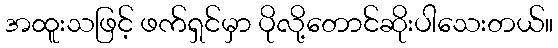
အထူးသဖြင့် ဖက်ရှင်မှာ ပိုလို့တောင်ဆိုးပါသေးတယ်။